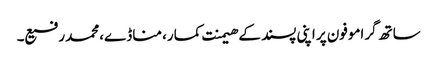
ساتھ گراموفون پر اپنی پسند کے ھیمنت کمار، مناڈے،محمد رفیع۔